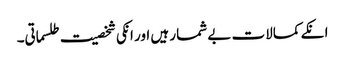
انکے کمالات بے شمار ہیں اور انکی شخصیت طلسماتی۔